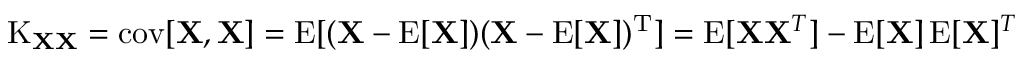
\operatorname { K } _ { \mathbf { X } \mathbf { X } } = \operatorname { c o v } [ \mathbf { X } , \mathbf { X } ] = \operatorname { E } [ ( \mathbf { X } - \operatorname { E } [ \mathbf { X } ] ) ( \mathbf { X } - \operatorname { E } [ \mathbf { X } ] ) ^ { \mathrm { { T } } } ] = \operatorname { E } [ \mathbf { X } \mathbf { X } ^ { T } ] - \operatorname { E } [ \mathbf { X } ] \operatorname { E } [ \mathbf { X } ] ^ { T }